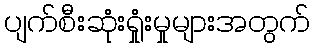
ပျက်စီးဆုံးရှုံးမှုများအတွက်